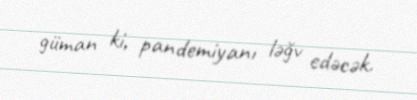
güman ki, pandemiyanı ləğv edəcək.